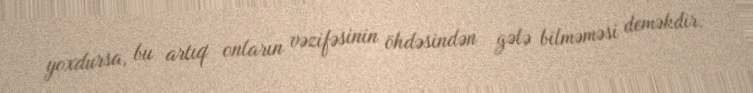
yoxdursa, bu artıq onların vəzifəsinin öhdəsindən gələ bilməməsi deməkdir.